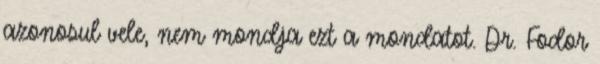
azonosul vele, nem mondja ezt a mondatot. Dr. Fodor